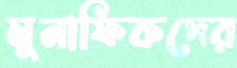
মুনাফিকদের